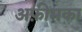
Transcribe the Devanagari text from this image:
अफ़ीमका